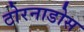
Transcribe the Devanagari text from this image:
टोरनाडोस